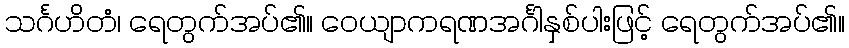
သင်္ဂဟိတံ၊ ရေတွက်အပ်၏။ ဝေယျာကရဏအင်္ဂါနှစ်ပါးဖြင့် ရေတွက်အပ်၏။